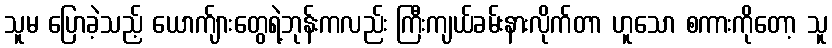
သူမ ပြောခဲ့သည့် ယောက်ျားတွေရဲ့ဘုန်းကလည်း ကြီးကျယ်ခမ်းနားလိုက်တာ ဟူသော စကားကိုတော့ သူ